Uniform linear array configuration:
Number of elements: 32
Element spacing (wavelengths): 0.5
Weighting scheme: hann
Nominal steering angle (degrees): -45
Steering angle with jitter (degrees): -43.4
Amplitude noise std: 0.05
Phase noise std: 0.05

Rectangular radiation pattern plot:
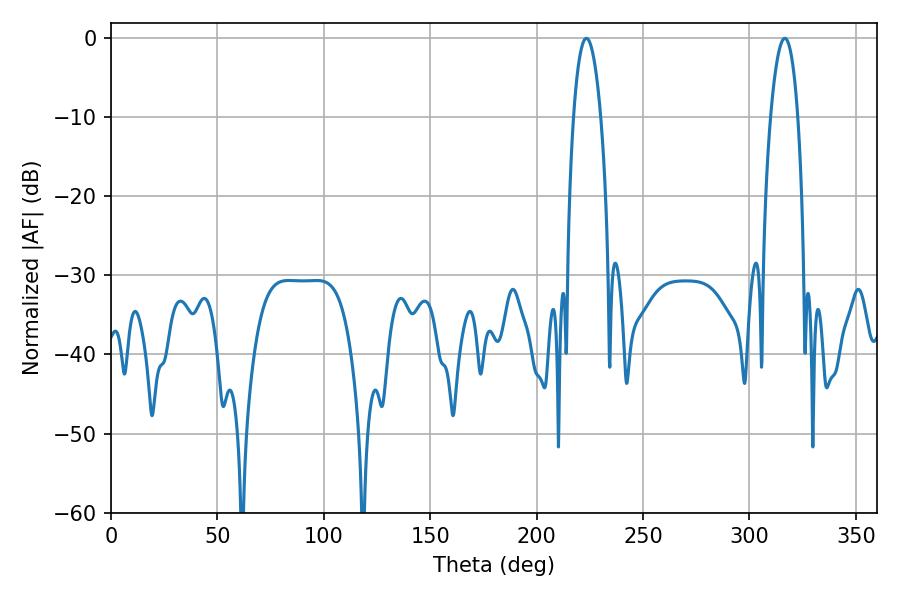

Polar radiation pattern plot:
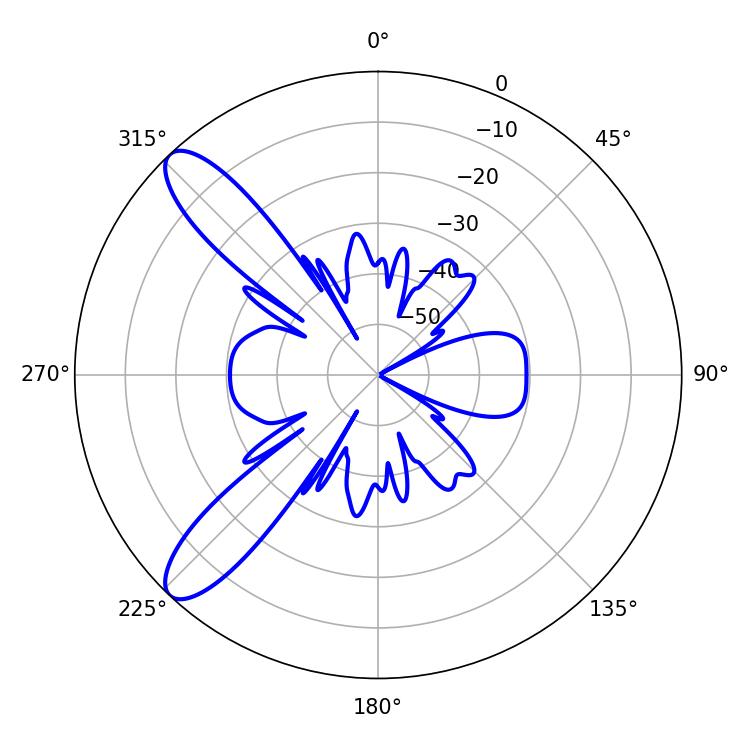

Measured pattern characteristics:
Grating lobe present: FALSE
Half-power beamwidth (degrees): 7.02
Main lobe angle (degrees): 223.38